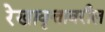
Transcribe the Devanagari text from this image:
रेखावृत्तावरील